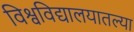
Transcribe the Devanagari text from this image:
विश्वविद्यालयातल्या